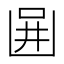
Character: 𠚎